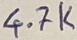
Text: 4.7K